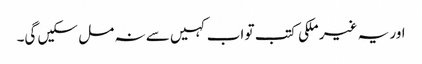
اور یہ غیر ملکی کتب تو اب کہیں سے نہ مل سکیں گی۔